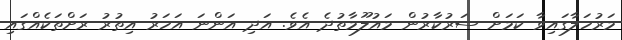
މަރުހަލާގައިވާ ކަމަށް ސަރުކާރުން މައުލޫމާތުދެ އެވެ. އަދި އަންނަ އަހަރު އިތުރު ރަށްތަކެއްގައި